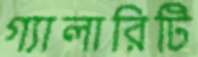
গ্যালারিটি